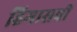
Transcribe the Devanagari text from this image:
हिमासची